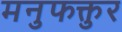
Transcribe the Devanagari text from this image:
मनुफक्तुर